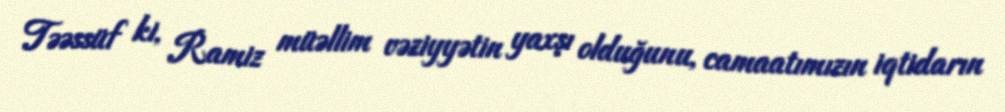
Təəssüf ki, Ramiz müəllim vəziyyətin yaxşı olduğunu, camaatımızın iqtidarın